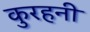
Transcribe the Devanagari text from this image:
कुरहनी